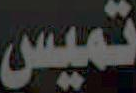
تميس